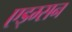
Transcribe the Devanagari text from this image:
एड्म्सन